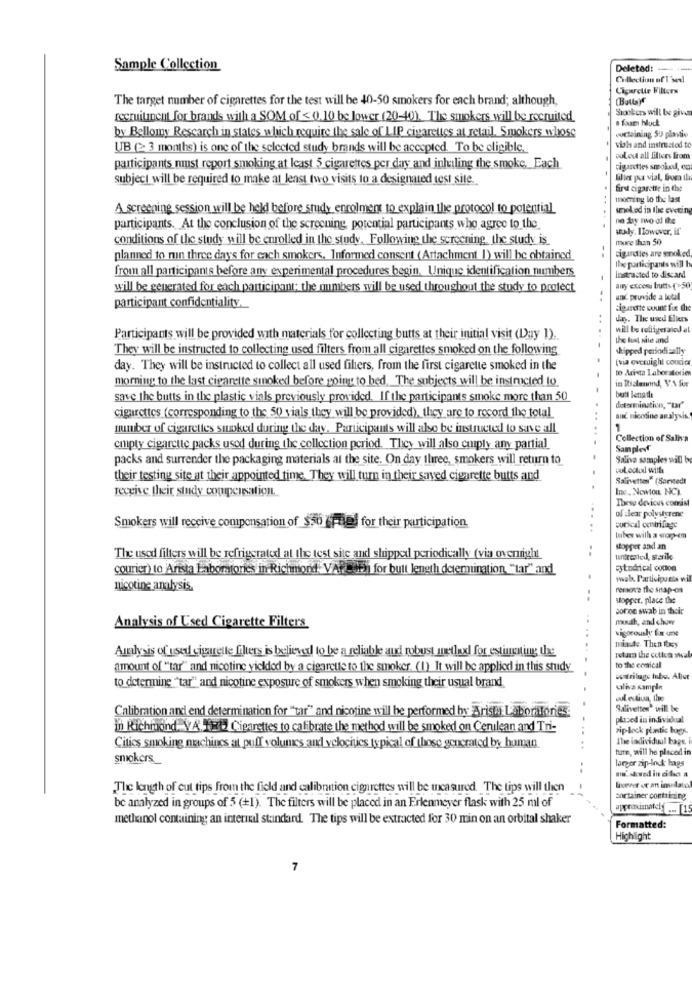
Sample Collection
Deleted: --- --
Collection of T'sedl
Cigarette Filters
The target number of cigarettes for the test will be 40-50 smokers for each brand; although,
Shooters will be given
recruitment for brands with a SOM of < 0.10 be lower (20-40). The smokers will be recruited.
foam hluck
worteining SU plantio
by Bellomy Research in states which require the sale of LIP cigarettes at retail. Smokers whose
UB (> 3 months) is one of the selected study brands will be accepted. To be eligible
whois and instructed t
poledt all filters from
participants must report smoking at least 5 cigarettes per day and inhaling the smoke_Each
cigarettes smoked, og
subject will be required to make at least two visits to a designated test site.
Willer pas vial, from th
first cigarette in the
moming lo the last
A screening session will be held before study enrolment to explain the protocol to potential
snel ed in the evening
no tay nvo of the
participants. At the conclusion of the screening, potential participants who agree to the
staly. Ilowover, if
conditions of the study will be enrolled in the study. Following the screening, the study is
more than 50
Figurdies are smoked,
planned to nin three days for each smokers, Informed consent (Attachment 1) will be obtained
Ihe participants will h
from all participants before any experimental procedures begin. Unique identification numbers
instructed to discard
will be generated for each participant; the members will be used throughout the study to protect
airy excon butts (>50
and provide a total
participant confidentiality.
cigarette count fie the
dan. The used Ellers
will be religeralod at
Participants will be provided with materials for collecting butts at their initial visit (Day 1).
the hut site and
They will be instructed to collecting used filters from all cigarettes smoked on the following
shipped periodisally
(via overnight coucio
day. They will be instructed to collect all used fihers, from the first cigarette smoked in the
to Arista Laboratories
morning to the last cigarette smoked before going to bed, The subjects will be instructed to
in Rialenend, VA for
save the butts in the plastic vials previously provided. If the participants smoke more than 50
determination, "tar"
cigarettes (corresponding to the 50 vials they will be provided), they are to record the total
anč nicosine analysis.
number of cigarettes stoked during the day. Participants will also be instructed to save all
1
Collection of Saliva
cuipty cigarette packs used during the collection period. They will also cuiply any partial
Samplevf
packs and surrender the packaging materials at the site. On day three, smokers will return to
Salive samples will b
voLoctod willa
their testing site at their appointed time. They will turn in their saved cigarette butts and
Salivettes" (Sarstedt
receive their study compensation.
Ine, Nowion NC)
These devices comist
of clear polystyrene
Smokers will receive compensation of $50 trael for their participation.
corical ombriliege
tubes with a snap-em
.......
stopper and an
The used filters will be refrigerated at the test site and shipped periodically (via overnight
untrenled, starik
courier) to Arista laboratories in Richmond. VA ?- Fh for bult length determination "tar" and
syndical cotton
wab. Participants wil
nicotine analysis.
remove the snap-on
--
stopper. place the
sonoe swab in their
Analysis of Used Cigarette Filters
muh, and chowr
vigorously fa ane
missde. Then they
Analysis of used cigarette filters is believed to be a reliable and robust method for estimating the
amount of "tar" and nicotine yieldod by a cigarette to the smoker. (1) It will be applied in this study
to the comical
to determine "tar" and nicotine exposure of smokers when smoking their usual brand.
warilage tube. Aller
ulha sampin
wul estiva, the
Calibration and end determination for "tar" and nicotine will he performed by Arisni Laboratories
Salivettes' will be
placed in individual
in Richmond. V.A. Cigarettes to calibrate the method will be smoked on Cerulean and Tri-
rip-lock plastic bags.
The individual bags.
Cities smoking machines at puff volumes and velociies typical of those generated by human.
ture, will he placed it
smokers
larger zip-lock hags
me' showed in cibc a
The length of cut tips from the field and calibration cigarettes will be measured. The tips will then
lovever oe an insidato
aortainer containing
be analyzed in groups of 5 (+1). The filters will be placed in an Erlenmeyer flask with 25 ml of
methanol containing an internal standard. The tips will be extracted for 30 min on an orbital shaker
Formatted:
Highlight
7